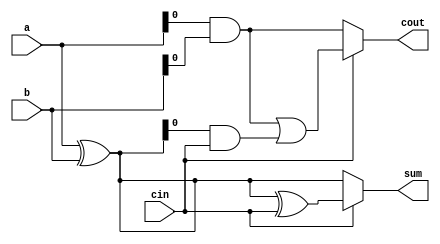
module carry_select_adder (
    input [7:0] a, b, // input operands
    input cin, // carry-in
    output reg [7:0] sum, // sum output
    output reg cout // carry out
    );
    
    // Internal signals
    reg [7:0] p, g; // propagate and generate signals
    reg [7:0] s, c; // sum and carry signals
    
    // Carry-propagate stage
    assign p = a ^ b; // generate
    assign g = a & b; // propagate
    
    // Carry-select stage
    always @* begin
        if (cin == 0) begin
            s = a ^ b; // sum
            c = a & b; // carry
        end else begin
            s = p ^ cin; // sum
            c = (g | (p & cin)); // carry
        end
    end
    
    // Output signals
    assign sum = s;
    assign cout = c;
    
endmodule